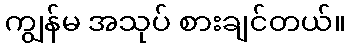
ကျွန်မ အသုပ် စားချင်တယ်။